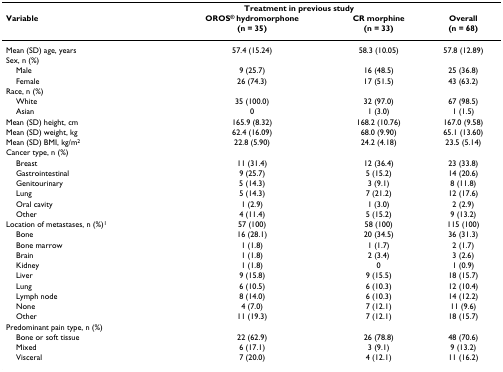
<table><thead><tr><td></td><td colspan="2"><b>Treatment in previous study</b></td><td></td></tr><tr><td><b>Variable</b></td><td><b>OROS<sup>® </sup>hydromorphone(n = 35)</b></td><td><b>CR morphine(n = 33)</b></td><td><b>Overall(n = 68)</b></td></tr></thead><tbody><tr><td>Mean (SD) age, years</td><td>57.4 (15.24)</td><td>58.3 (10.05)</td><td>57.8 (12.89)</td></tr><tr><td>Sex, n (%)</td><td></td><td></td><td></td></tr><tr><td> Male</td><td>9 (25.7)</td><td>16 (48.5)</td><td>25 (36.8)</td></tr><tr><td> Female</td><td>26 (74.3)</td><td>17 (51.5)</td><td>43 (63.2)</td></tr><tr><td>Race, n (%)</td><td></td><td></td><td></td></tr><tr><td> White</td><td>35 (100.0)</td><td>32 (97.0)</td><td>67 (98.5)</td></tr><tr><td> Asian</td><td>0</td><td>1 (3.0)</td><td>1 (1.5)</td></tr><tr><td>Mean (SD) height, cm</td><td>165.9 (8.32)</td><td>168.2 (10.76)</td><td>167.0 (9.58)</td></tr><tr><td>Mean (SD) weight, kg</td><td>62.4 (16.09)</td><td>68.0 (9.90)</td><td>65.1 (13.60)</td></tr><tr><td>Mean (SD) BMI, kg/m<sup>2</sup></td><td>22.8 (5.90)</td><td>24.2 (4.18)</td><td>23.5 (5.14)</td></tr><tr><td>Cancer type, n (%)</td><td></td><td></td><td></td></tr><tr><td> Breast</td><td>11 (31.4)</td><td>12 (36.4)</td><td>23 (33.8)</td></tr><tr><td> Gastrointestinal</td><td>9 (25.7)</td><td>5 (15.2)</td><td>14 (20.6)</td></tr><tr><td> Genitourinary</td><td>5 (14.3)</td><td>3 (9.1)</td><td>8 (11.8)</td></tr><tr><td> Lung</td><td>5 (14.3)</td><td>7 (21.2)</td><td>12 (17.6)</td></tr><tr><td> Oral cavity</td><td>1 (2.9)</td><td>1 (3.0)</td><td>2 (2.9)</td></tr><tr><td> Other</td><td>4 (11.4)</td><td>5 (15.2)</td><td>9 (13.2)</td></tr><tr><td>Location of metastases, n (%)<sup>1</sup></td><td>57 (100)</td><td>58 (100)</td><td>115 (100)</td></tr><tr><td> Bone</td><td>16 (28.1)</td><td>20 (34.5)</td><td>36 (31.3)</td></tr><tr><td> Bone marrow</td><td>1 (1.8)</td><td>1 (1.7)</td><td>2 (1.7)</td></tr><tr><td> Brain</td><td>1 (1.8)</td><td>2 (3.4)</td><td>3 (2.6)</td></tr><tr><td> Kidney</td><td>1 (1.8)</td><td>0</td><td>1 (0.9)</td></tr><tr><td> Liver</td><td>9 (15.8)</td><td>9 (15.5)</td><td>18 (15.7)</td></tr><tr><td> Lung</td><td>6 (10.5)</td><td>6 (10.3)</td><td>12 (10.4)</td></tr><tr><td> Lymph node</td><td>8 (14.0)</td><td>6 (10.3)</td><td>14 (12.2)</td></tr><tr><td> None</td><td>4 (7.0)</td><td>7 (12.1)</td><td>11 (9.6)</td></tr><tr><td> Other</td><td>11 (19.3)</td><td>7 (12.1)</td><td>18 (15.7)</td></tr><tr><td>Predominant pain type, n (%)</td><td></td><td></td><td></td></tr><tr><td> Bone or soft tissue</td><td>22 (62.9)</td><td>26 (78.8)</td><td>48 (70.6)</td></tr><tr><td> Mixed</td><td>6 (17.1)</td><td>3 (9.1)</td><td>9 (13.2)</td></tr><tr><td> Visceral</td><td>7 (20.0)</td><td>4 (12.1)</td><td>11 (16.2)</td></tr></tbody></table>